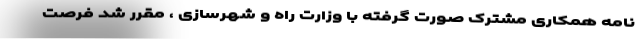
نامه همکاری مشترک صورت گرفته با وزارت راه و شهرسازی ، مقرر شد فرصت